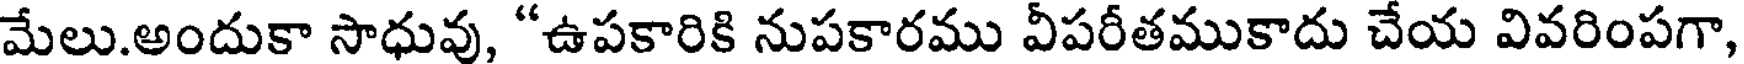
మేలు.అందుకా సాధువు, "ఉపకారికి నుపకారము వీపరీతముకాదు చేయ వివరింపగా,